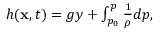
\begin{array} { r } { h ( \mathbf { x } , t ) = g y + \int _ { p _ { 0 } } ^ { p } \frac { 1 } { \rho } d p , } \end{array}